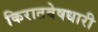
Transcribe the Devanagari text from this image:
किरातवेषधारी